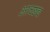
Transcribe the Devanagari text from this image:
आच्छद